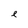
Character: l